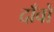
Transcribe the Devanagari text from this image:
दाँवों